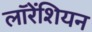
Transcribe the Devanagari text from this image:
लॉरेंशियन